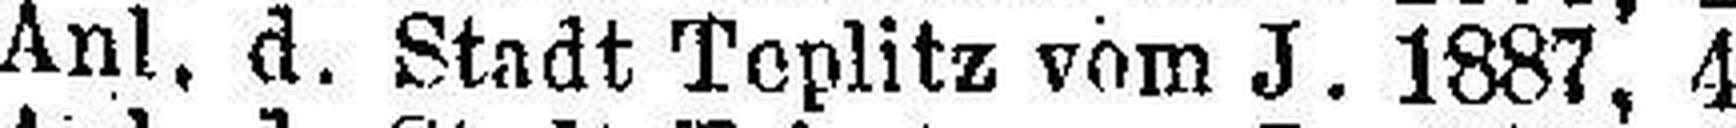
Anl. d. Stadt Teplitz vom J. 1887, 4%